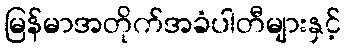
မြန်မာအတိုက်အခံပါတီများနှင့်